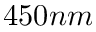
4 5 0 n m